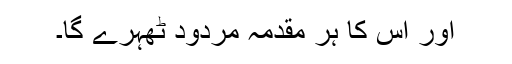
اور اس کا ہر مقدمہ مردود ٹھہرے گا۔